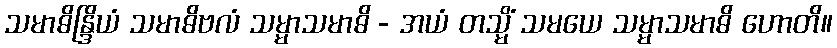
သမာဓိန္ဒြိယံ သမာဓိဗလံ သမ္မာသမာဓိ - အယံ တသ္မိံ သမယေ သမ္မာသမာဓိ ဟောတိ။